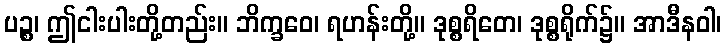
ပဉ္စ၊ ဤငါးပါးတို့တည်း။ ဘိက္ခဝေ၊ ရဟန်းတို့။ ဒုစ္စရိတေ၊ ဒုစ္စရိုက်၌။ အာဒီနဝါ၊